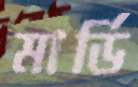
মার্ডি